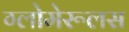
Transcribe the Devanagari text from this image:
ग्लोमेरूलस